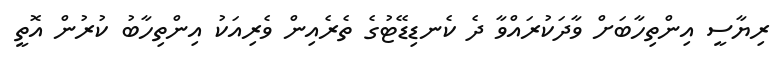
ރިޔާސީ އިންތިހާބަށް ވާދަކުރައްވާ ދެ ކެނޑިޑޭޓުގެ ތެރެއިން ވެރިއަކު އިންތިހާބު ކުރުން އޮތީ